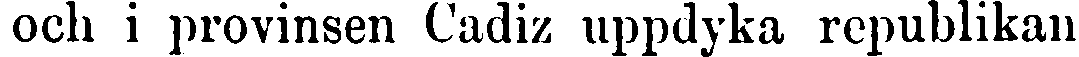
och i provinsen Cadiz uppdyka republikan